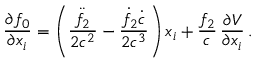
\frac { \partial f _ { 0 } } { \partial x _ { i } } = \left( \frac { \ddot { f } _ { 2 } } { 2 c ^ { 2 } } - \frac { \dot { f } _ { 2 } \dot { c } } { 2 c ^ { 3 } } \right) x _ { i } + \frac { f _ { 2 } } { c } \, \frac { \partial V } { \partial x _ { i } } \, .